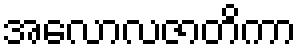
အလောလဇာတိကာ